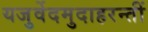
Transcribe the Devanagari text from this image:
यजुर्वेदमुदाहरन्तीं